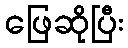
ဖြေဆိုပြီး